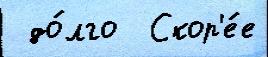
 до́лго  Скор'е́е